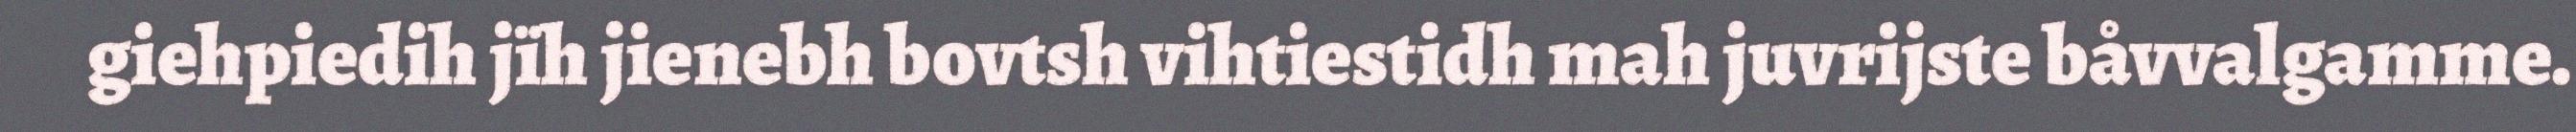
giehpiedih jïh jienebh bovtsh vihtiestidh mah juvrijste båvvalgamme.